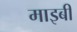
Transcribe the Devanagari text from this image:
माइबी